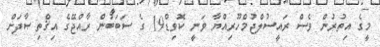
މީގެ އިތުރުން ވެސް ރައީސުލްޖުމްހޫރިއްޔާ ވަނީ ކޮވިޑް19 ގެ ސަބަބުން ރާއްޖޭގެ އިޤްތިޞާދަށް